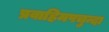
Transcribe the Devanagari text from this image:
प्रवाहिमपचुन्दा